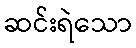
ဆင်းရဲသော